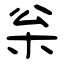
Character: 枀